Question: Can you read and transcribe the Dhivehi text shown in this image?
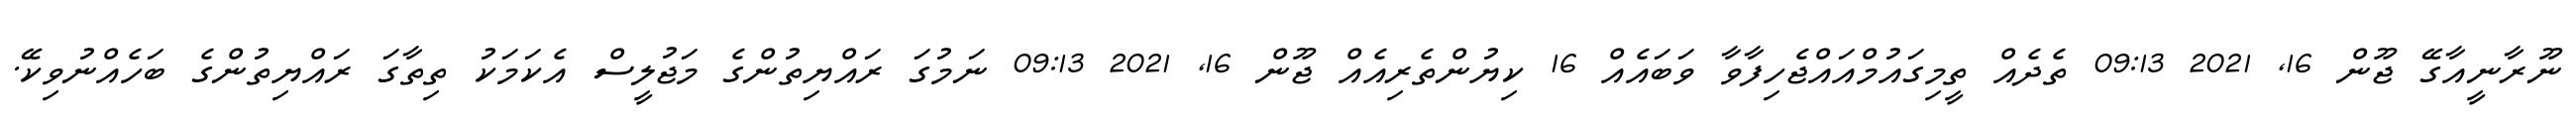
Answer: ނޫރާނީއާގޭ ޖޫން 16, 2021 09:13 ތެދެއް ތީމިގައުމްއައްޖެހިފާވާ ވަބައެއް 16 ކިޔުންތެރިއެއް ޖޫން 16, 2021 09:13 ނަމުގަ ރައްޔިތުންގެ މަޖުލީސް އެކަމަކު ތިތާގަ ރައްޔިތުންގެ ބަހެއްނުވިކޭ.